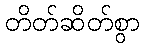
တိတ်ဆိတ်စွာ